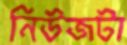
নিউজটা